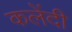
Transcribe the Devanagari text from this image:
कलेंदी